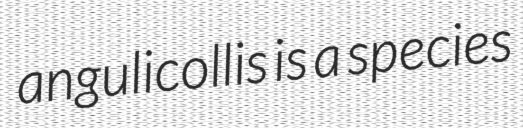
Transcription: angulicollis is a species